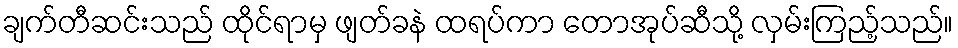
ချက်တီဆင်းသည် ထိုင်ရာမှ ဖျတ်ခနဲ ထရပ်ကာ တောအုပ်ဆီသို့ လှမ်းကြည့်သည်။